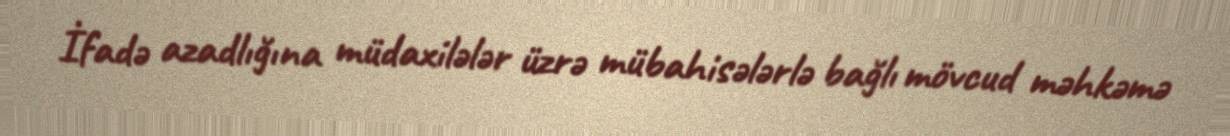
İfadə azadlığına müdaxilələr üzrə mübahisələrlə bağlı mövcud məhkəmə